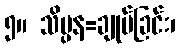
၅။ သိပ္ပန=ချုပ်ခြင်း၊